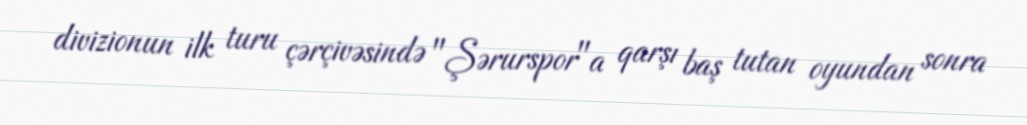
divizionun ilk turu çərçivəsində "Şərurspor"a qarşı baş tutan oyundan sonra